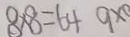
8 \times 8 = 6 4 9 \times